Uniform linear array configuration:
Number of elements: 48
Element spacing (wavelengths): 1
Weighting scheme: kaiser
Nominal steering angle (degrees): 15
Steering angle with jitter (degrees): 14.547
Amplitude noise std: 0.05
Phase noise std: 0.05

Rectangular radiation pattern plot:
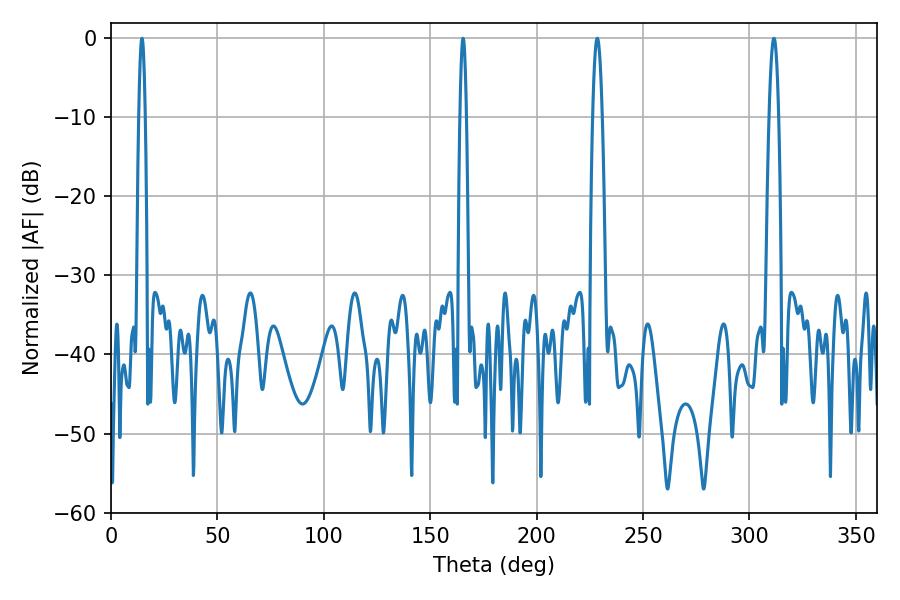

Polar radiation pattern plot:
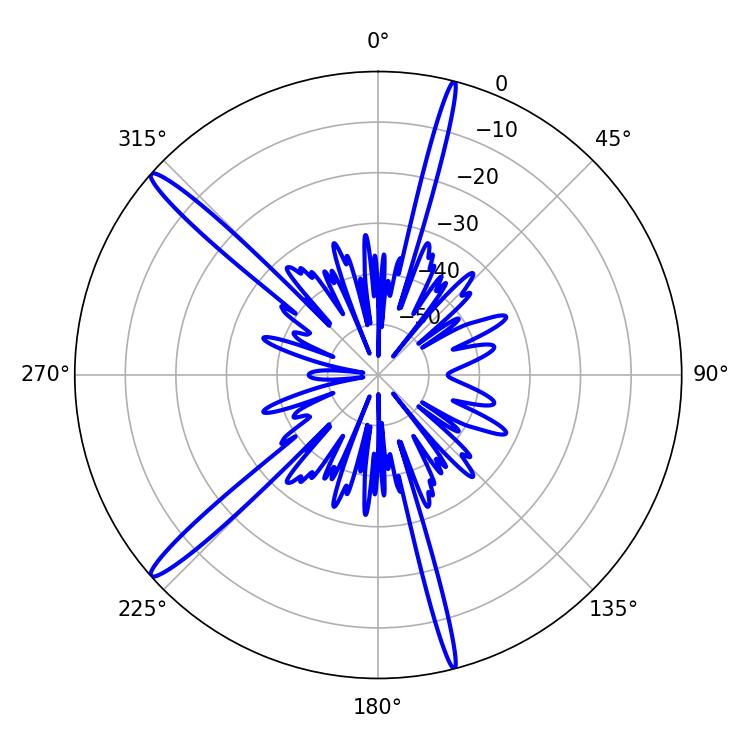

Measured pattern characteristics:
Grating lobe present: TRUE
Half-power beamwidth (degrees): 1.62
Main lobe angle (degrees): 165.42